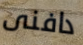
دافنى